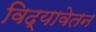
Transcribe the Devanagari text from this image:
विद्यावेतन